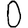
Digit: 0